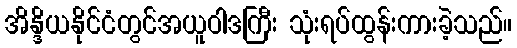
အိန္ဒိယနိုင်ငံတွင်အယူဝါဒကြီး သုံးရပ်ထွန်းကားခဲ့သည်။